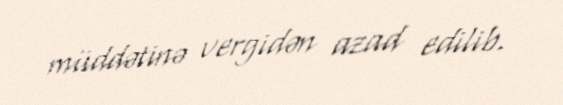
müddətinə vergidən azad edilib.